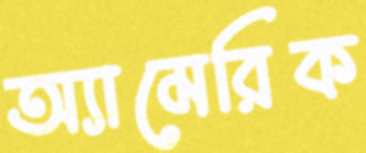
অ্যামেরিক